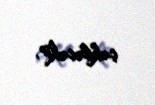
çəkiləcək?.